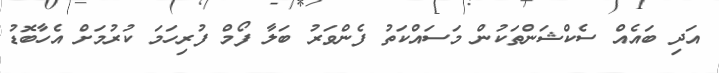
އަދި ބައެއް ސެކްޝަންތަކުން މަސައްކަތު ފެންވަރު ބަލާ ފޯމް ފުރިހަމަ ކުރުމަށް އެހާބޮޑު